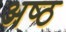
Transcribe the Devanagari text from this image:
अष्‍ठ